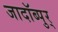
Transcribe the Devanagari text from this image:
जादॉब्पुर्